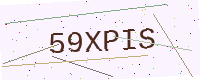
Text: 59XPIS